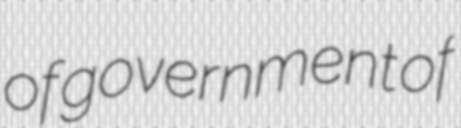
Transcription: of government of